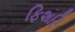
ફિશરિ